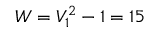
W = V _ { 1 } ^ { 2 } - 1 = 1 5